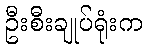
ဦးစီးချုပ်ရုံးက